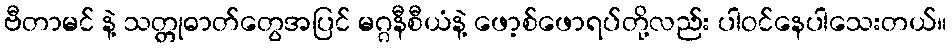
ဗီတာမင် နဲ့ သတ္တုဓာတ်တွေအပြင် မဂ္ဂနီစီယံနဲ့ ဖော့စ်ဖောရပ်တို့လည်း ပါဝင်နေပါသေးတယ်။